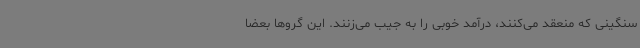
سنگینی که منعقد می‌کنند، درآمد خوبی را به جیب می‌زنند. این گروها بعضا